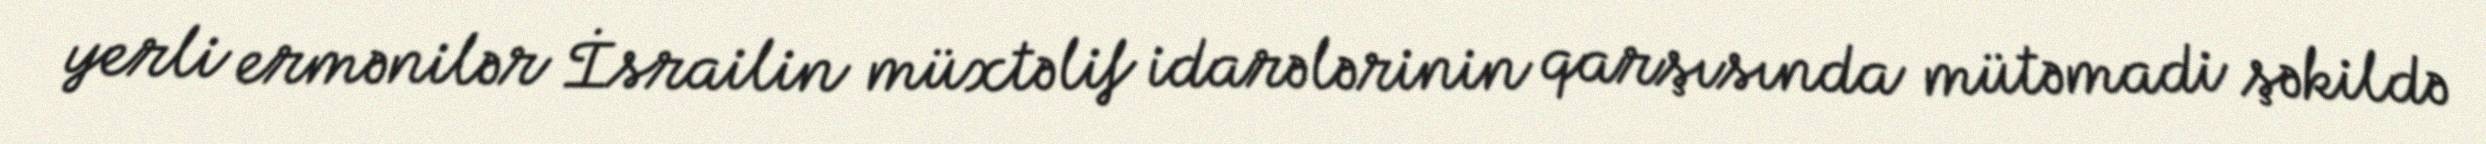
yerli ermənilər İsrailin müxtəlif idarələrinin qarşısında mütəmadi şəkildə